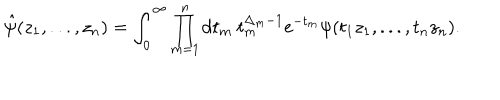
\hat { \psi } ( z _ { 1 } , . . . , z _ { n } ) = \int _ { 0 } ^ { \infty } \prod _ { m = 1 } ^ { n } \mathrm { d } t _ { m } \ t _ { m } ^ { \Delta _ { m } - 1 } \mathrm { e } ^ { - t _ { m } } \psi ( t _ { 1 } z _ { 1 } , . . . , t _ { n } z _ { n } ) .